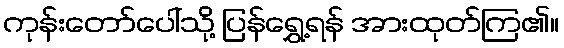
ကုန်းတော်ပေါ်သို့ ပြန်ရွှေ့ရန် အားထုတ်ကြ၏။